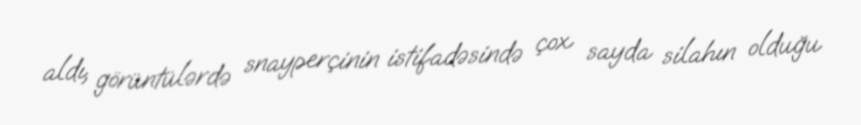
aldı, görüntülərdə snayperçinin istifadəsində çox sayda silahın olduğu